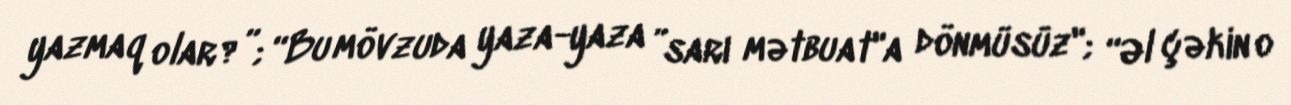
yazmaq olar?”; “Bu mövzuda yaza-yaza ”sarı mətbuat"a dönmüsüz"; “Əl çəkin o